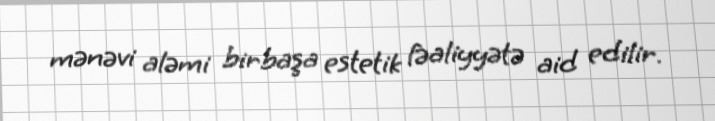
mənəvi aləmi birbaşa estetik fəaliyyətə aid edilir.